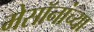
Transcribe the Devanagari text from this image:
मेसॉनांच्या